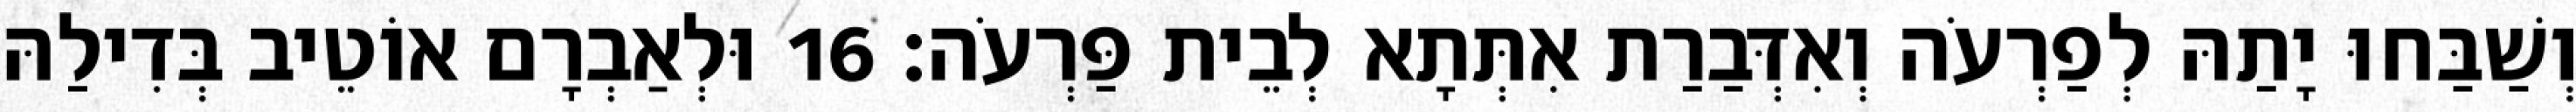
וְשַׁבַּחוּ יָתַהּ לְפַרְעֹה וְאִדְּבַרַת אִתְּתָא לְבֵית פַּרְעֹה׃ 16 וּלְאַבְרָם אוֹטֵיב בְּדִילַהּ